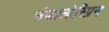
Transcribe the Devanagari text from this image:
सेफालोस्प्रिन